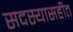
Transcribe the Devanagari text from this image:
सदस्यासहीत